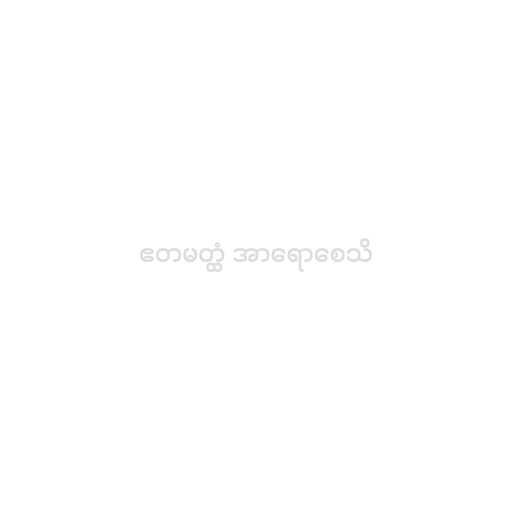
ဧတမတ္ထံ အာရောစေသိ